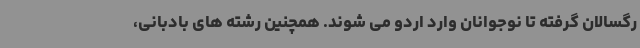
رگسالان گرفته تا نوجوانان وارد اردو می شوند. همچنین رشته های بادبانی،